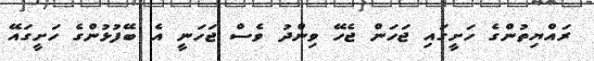
ރައްޔިތުންގެ ހަށީގައި ޖަހަން ޖެހޭ ވިންދު ވެސް ޖަހަނީ އެ ބޭފުޅުންގެ ހަށީގައޭ